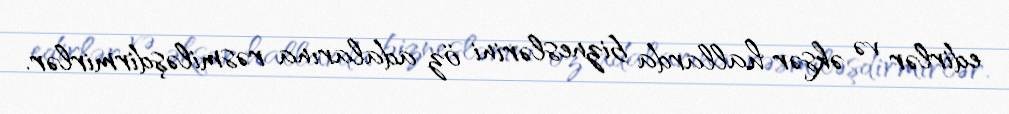
edirlər və əksər hallarda bizneslərini öz adalarına rəsmiləşdirmirlər.